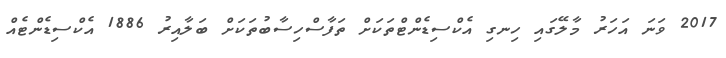
2017 ވަނަ އަހަރު މާލޭގައި ހިނގި އެކްސިޑެންޓްތަކަށް ތަފާސްހިސާބުތަކަށް ބަލާއިރު 1886 އެކްސިޑެންޓެއް